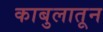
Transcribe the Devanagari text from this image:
काबुलातून